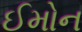
ઈમોન